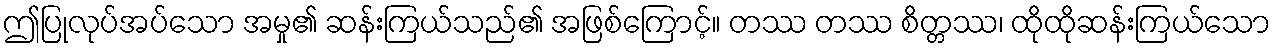
ဤပြုလုပ်အပ်သော အမှု၏ ဆန်းကြယ်သည်၏ အဖြစ်ကြောင့်။ တဿ တဿ စိတ္တဿ၊ ထိုထိုဆန်းကြယ်သော